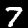
Label: 7